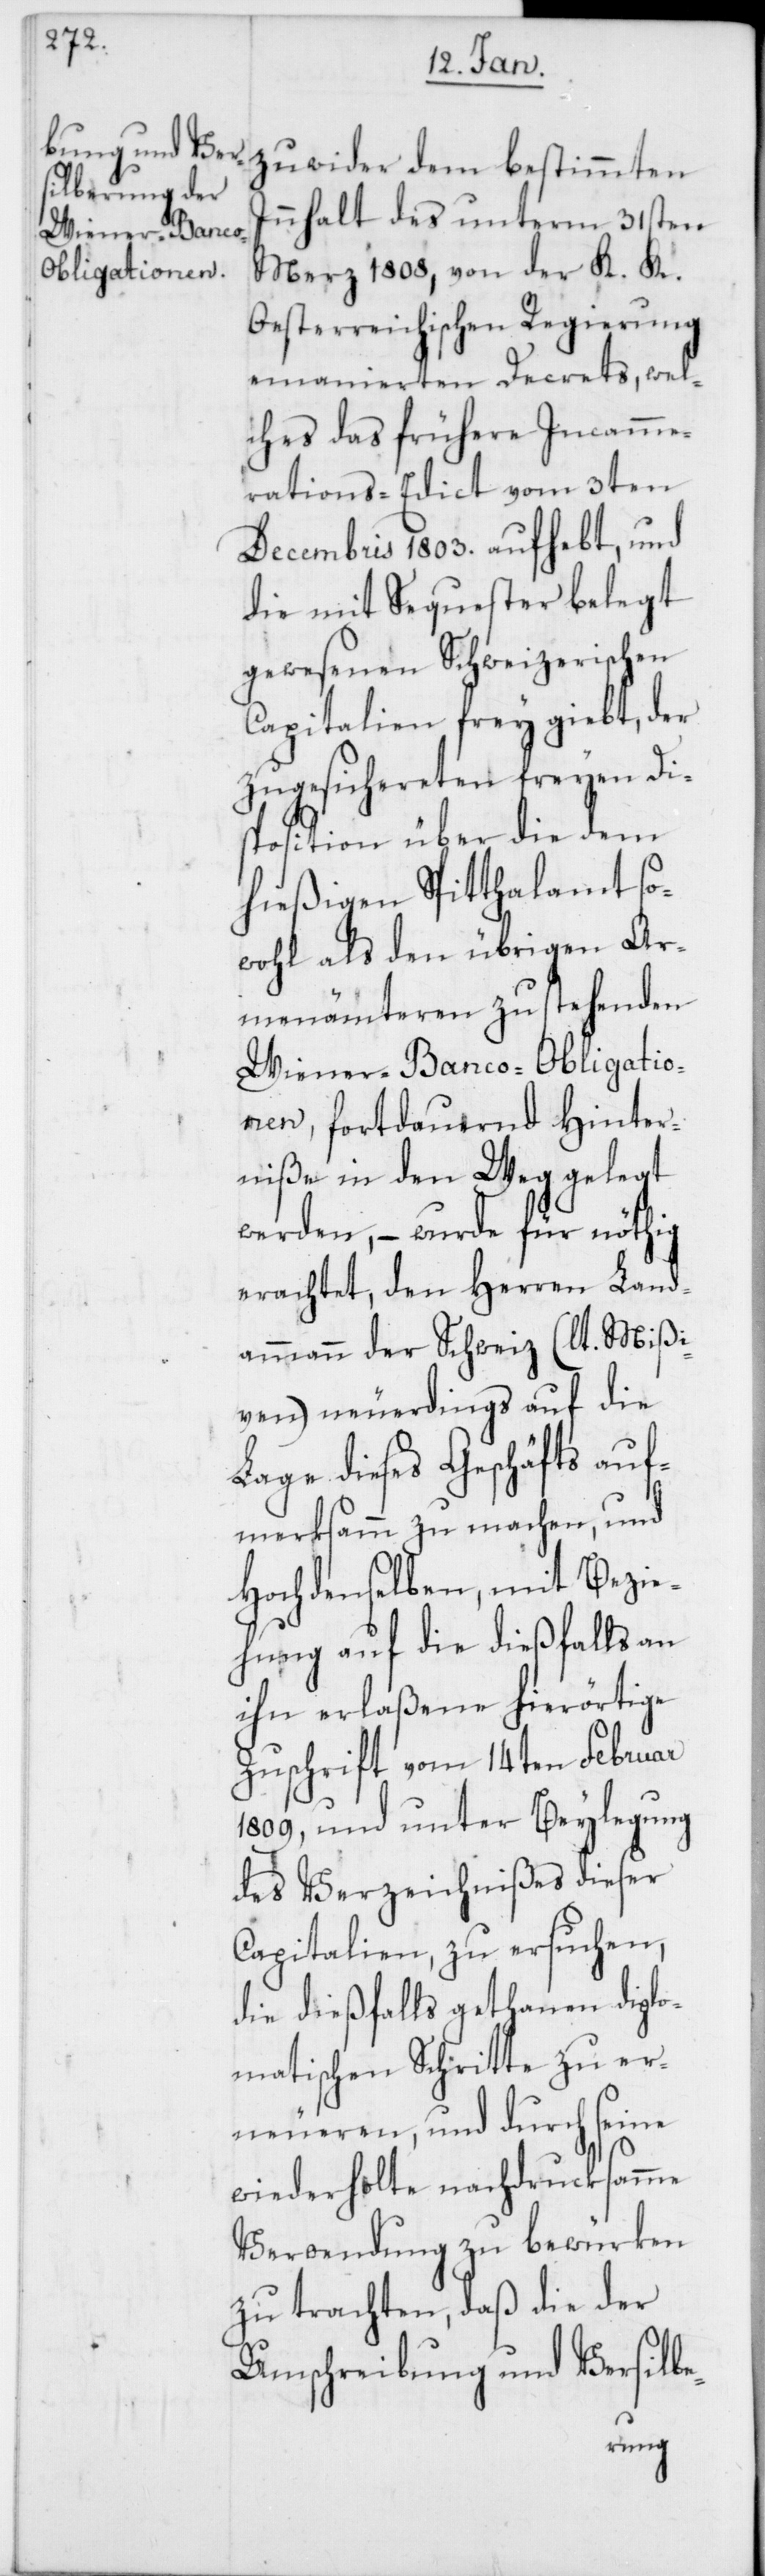
zuwider dem bestimmten
Innhalt des unterm 31sten
März 1808, von der K. K.
Oesterreichischen Regierung
emanierten Decrets, wel¬
ches das frühere Incamme¬
rations-Edict vom 3ten
Decembris 1803. aufhebt, und
die mit Sequester belegt
gewesenen Schweizerischen
Capitalien frey giebt, der
zugesichereten freyen Di¬
sposition über die dem
hießigen Spitthalamt so¬
wohl als den übrigen Ar¬
menämteren zu stehenden
Wiener-Banco-Obligatio¬
nen, fortdauernd Hinter¬
niße in den Weg gelegt
werden, – wurde für nöthig
erachtet, den Herren Land¬
ammann der Schweiz (lt. Mißi¬
ven) neuerdings auf die
Lage dieses Geschäfts auf¬
merksamm zu machen, und
Hochdenselben, mit Bezie¬
hung auf die dießfalls an
ihn erlaßene hierörtige
Zuschrift vom 14ten Februar
1809, und unter Beylegung
des Verzeichnißes dieser
Capitalien, zu ersuchen,
die dießfalls gethanen diplo¬
matischen Schritte zu er¬
neueren, und durch seine
wiederholte nachdrucksamme
Verwendung zu bewürken
zu trachten, daß die der
Umschreibung und Versilbe-